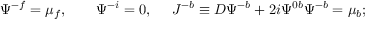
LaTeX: \Psi ^ { - f } = \mu _ { f } , \qquad \Psi ^ { - i } = 0 , ~ ~ ~ ~ J ^ { - b } \equiv D \Psi ^ { - b } + 2 i \Psi ^ { 0 b } \Psi ^ { - b } = \mu _ { b } ;